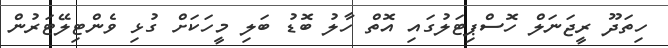
ހިތަދޫ ރީޖަނަލް ހޮސްޕިޓަލުގައި އޮތް ހާލު ބޮޑު ބަލި މީހަކަށް ގުޅި ވެންޓިލޭޓަރުން